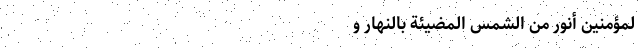
لْمُؤْمِنِینَ أَنْوَرُ مِنَ الشَّمْسِ الْمُضِیئَةِ بِالنَّهَارِ وَ